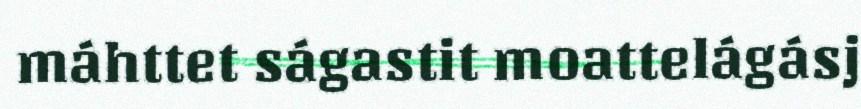
máhttet ságastit moattelágásj